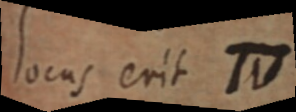
locus erit W